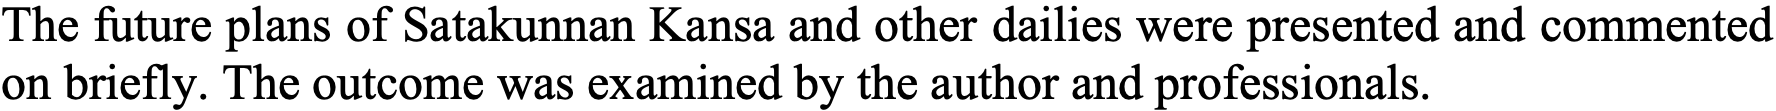
The future plans of Satakunnan Kansa and other dailies were presented and commented on briefly. The outcome was examined by the author and professionals.